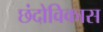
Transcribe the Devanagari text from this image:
छंदोविकास